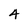
Character: 4